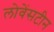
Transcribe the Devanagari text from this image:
लोवेंसटीन